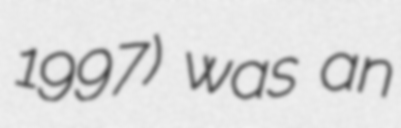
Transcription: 1997) was an